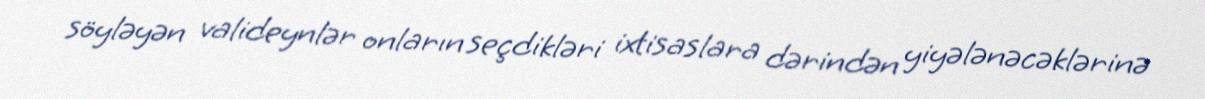
söyləyən valideynlər onların seçdikləri ixtisaslara dərindən yiyələnəcəklərinə